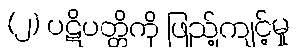
(၂) ပဋိပတ္တိကို ဖြည့်ကျင့်မှု